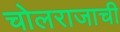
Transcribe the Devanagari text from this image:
चोलराजाची